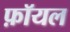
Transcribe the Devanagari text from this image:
फ़ॉयल